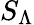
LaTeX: S_{\Lambda}